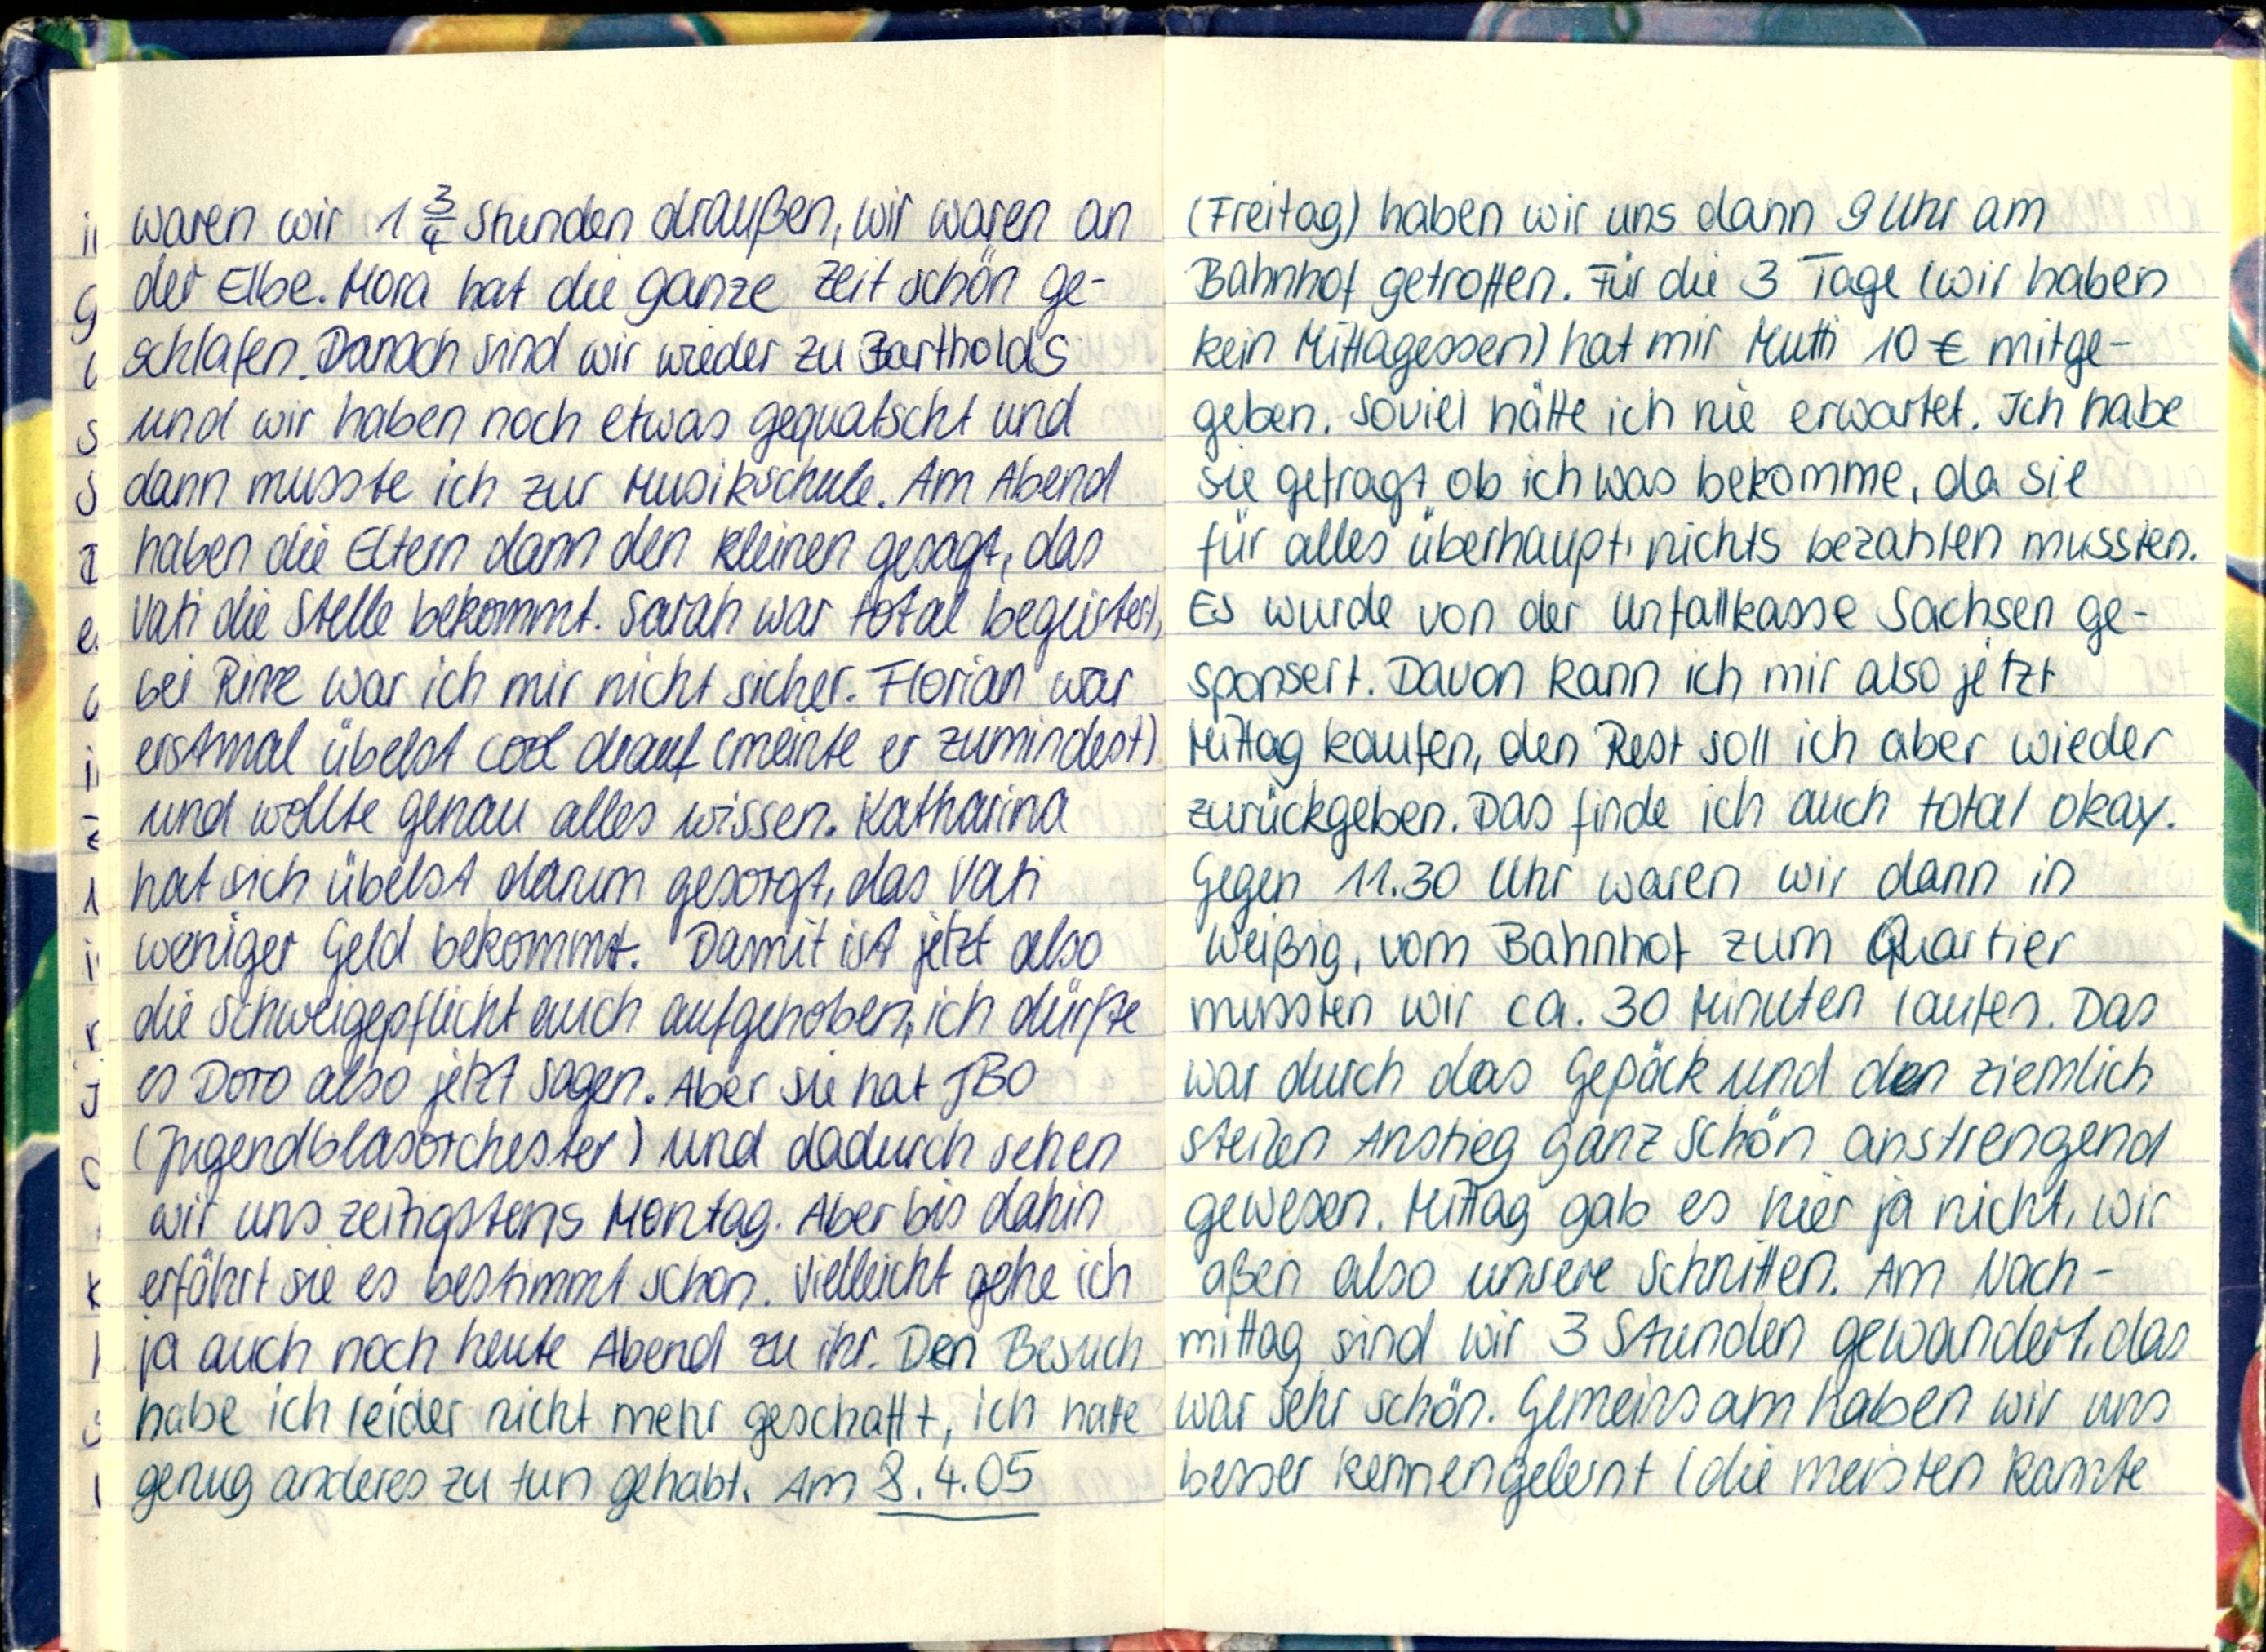
waren wir 1¾ Stunden draußen, wir waren an
der Elbe. Mora hat die ganze Zeit schon ge-
schlafen. Danach sind wir wieder zu Bartholds
und wir haben noch etwas gequatscht und
dann musste ich zur Musikschule. Am Abend
haben die Eltern dann den kleinen gesagt, das
Vati die Stelle bekommt. Sarah war total begeistert,
bei Rine war ich mir nicht sicher. Florian war
erstmal übelst cool drauf (meinte er zumindest)
und wollte genau alles wissen. Katharina
hat sich übelst darum gesorgt, das Vati
weniger Geld bekommt. Damit ist jetzt also
die Schweigepflicht auch aufgehoben, ich dürfte
es Doro also jetzt sagen. Aber sie hat JBO
(Jugendblasorchester) und dadurch sehen
wir uns zeitigstens Montag. Aber bis dahin
erfährt sie es bestimmt schon. Vielleicht gehe ich
ja auch noch heute Abend zu ihr. Den Besuch
habe ich leider nicht mehr geschafft, ich hatte
genug anderes zu tun gehabt. Am 8.4.05

(Freitag) haben wir uns dann 9 Uhr am
Bahnhof getroffen. Für die 3 Tage (wir haben
kein Mittagessen) hat mir Mutti 10€ mitge-
geben. Soviel hätte ich nie erwartet. Ich habe
sie gefragt, ob ich was bekomme, da sie
für alles überhaupt, nichts bezahlen mussten.
Es wurde von der Unfallkasse Sachsen ge-
sponsert. Davon kann ich mir also jetzt
Mittag kaufen, den Rest soll ich aber wieder
zurückgeben. Das finde ich auch total okay.
Gegen 11.30 Uhr waren wir dann in
Weißig, vom Bahnhof zum Quartier
mussten wir ca. 30 Minuten laufen. Das
war durch das Gepäck und den ziemlich
steilen Anstieg ganz schön anstrengend
gewesen. Mittag gab es hier ja nicht, wir
aßen also unsere Schnitten. Am Nach-
mittag sind wir 3 Stunden gewandert, das
war sehr schön. Gemeinsam haben wir uns
besser kennengelernt (die meisten kannte